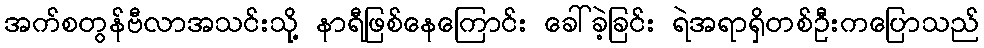
အက်စတွန်ဗီလာအသင်းသို့ နာရီဖြစ်နေကြောင်း ခေါ်ခဲ့ခြင်း ရဲအရာရှိတစ်ဦးကပြောသည်